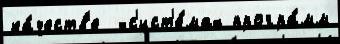
ка́честв'е  -с'ист'е́мах програ́мм